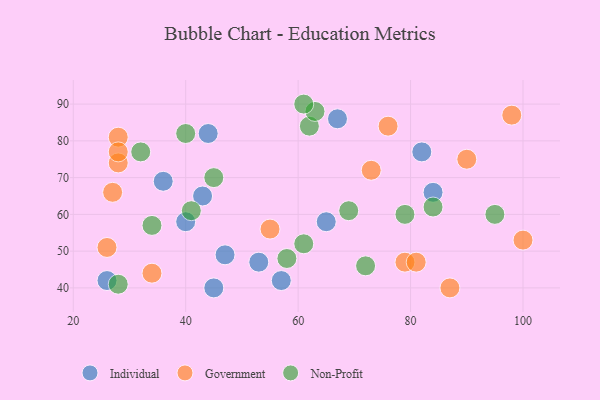
{"axis": {"x": "GDP", "y": "Life Expectancy"}, "legend": ["Government", "Individual", "Non-Profit"], "data": [{"x": "26", "y": 42, "type": "Individual"}, {"x": "36", "y": 69, "type": "Individual"}, {"x": "53", "y": 47, "type": "Individual"}, {"x": "57", "y": 42, "type": "Individual"}, {"x": "82", "y": 77, "type": "Individual"}, {"x": "65", "y": 58, "type": "Individual"}, {"x": "45", "y": 40, "type": "Individual"}, {"x": "84", "y": 66, "type": "Individual"}, {"x": "67", "y": 86, "type": "Individual"}, {"x": "47", "y": 49, "type": "Individual"}, {"x": "43", "y": 65, "type": "Individual"}, {"x": "44", "y": 82, "type": "Individual"}, {"x": "40", "y": 58, "type": "Individual"}, {"x": "73", "y": 72, "type": "Government"}, {"x": "87", "y": 40, "type": "Government"}, {"x": "98", "y": 87, "type": "Government"}, {"x": "55", "y": 56, "type": "Government"}, {"x": "28", "y": 74, "type": "Government"}, {"x": "26", "y": 51, "type": "Government"}, {"x": "28", "y": 81, "type": "Government"}, {"x": "79", "y": 47, "type": "Government"}, {"x": "100", "y": 53, "type": "Government"}, {"x": "90", "y": 75, "type": "Government"}, {"x": "27", "y": 66, "type": "Government"}, {"x": "28", "y": 77, "type": "Government"}, {"x": "76", "y": 84, "type": "Government"}, {"x": "34", "y": 44, "type": "Government"}, {"x": "81", "y": 47, "type": "Government"}, {"x": "32", "y": 77, "type": "Non-Profit"}, {"x": "62", "y": 84, "type": "Non-Profit"}, {"x": "72", "y": 46, "type": "Non-Profit"}, {"x": "58", "y": 48, "type": "Non-Profit"}, {"x": "69", "y": 61, "type": "Non-Profit"}, {"x": "61", "y": 52, "type": "Non-Profit"}, {"x": "95", "y": 60, "type": "Non-Profit"}, {"x": "45", "y": 70, "type": "Non-Profit"}, {"x": "84", "y": 62, "type": "Non-Profit"}, {"x": "63", "y": 88, "type": "Non-Profit"}, {"x": "79", "y": 60, "type": "Non-Profit"}, {"x": "40", "y": 82, "type": "Non-Profit"}, {"x": "61", "y": 90, "type": "Non-Profit"}, {"x": "41", "y": 61, "type": "Non-Profit"}, {"x": "34", "y": 57, "type": "Non-Profit"}, {"x": "28", "y": 41, "type": "Non-Profit"}]}